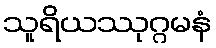
သူရိယဿုဂ္ဂမနံ